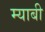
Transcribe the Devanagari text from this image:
म्याबी